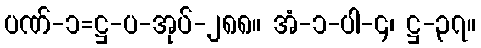
ပဏ်-၁=ဋ္ဌ-ပ-အုပ်-၂၈၈။ အံ-၁-ပါ-၄၊ ဋ္ဌ-၃၇။